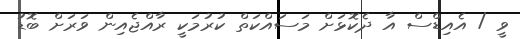
ވީ / އެއިޑްސް އާ ދެކޮޅަށް މަސައްކަތް ކުރުމަކީ ރާއްޖެއިން ވަރަށް ބޮޑު